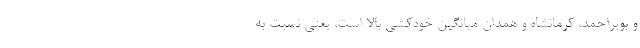
و بویراحمد، کرمانشاه و همدان میانگین خودکشی بالا است، یعنی نسبت به